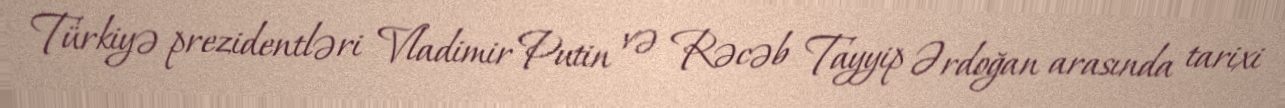
Türkiyə prezidentləri Vladimir Putin və Rəcəb Tayyip Ərdoğan arasında tarixi